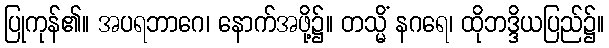
ပြုကုန်၏။ အပရဘာဂေ၊ နောက်အဖို့၌။ တသ္မိံ နဂရေ၊ ထိုဘဒ္ဒိယပြည်၌။